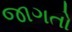
જાગતો